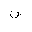
Letter: _fa